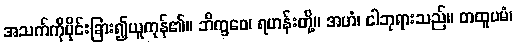
အသက်ကိုပိုင်းခြား၍ယူကုန်၏။ ဘိက္ခဝေ၊ ရဟန်းတို့။ အဟံ၊ ငါဘုရားသည်။ တထူပမံ၊